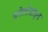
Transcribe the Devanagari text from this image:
कोलोडाइन